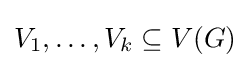
V_{1},\dots ,V_{k}\subseteq V(G)